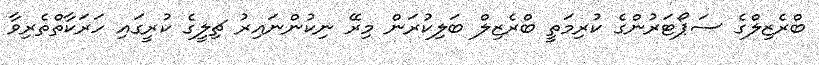
ބްރެޒިލްގެ ސަޕޯޓަރުންގެ ކުރިމަތީ ބްރެޒިލް ބަލިކުރަން މިރޭ ނިކުންނައިރު ޗިލީގެ ކުރީގައި ހަރަކާތްތެރިވާ